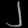
Digit: ၂